65_HS1-834228961_62-HQ-83894_Serial_130
Agency: FBI
Page 85
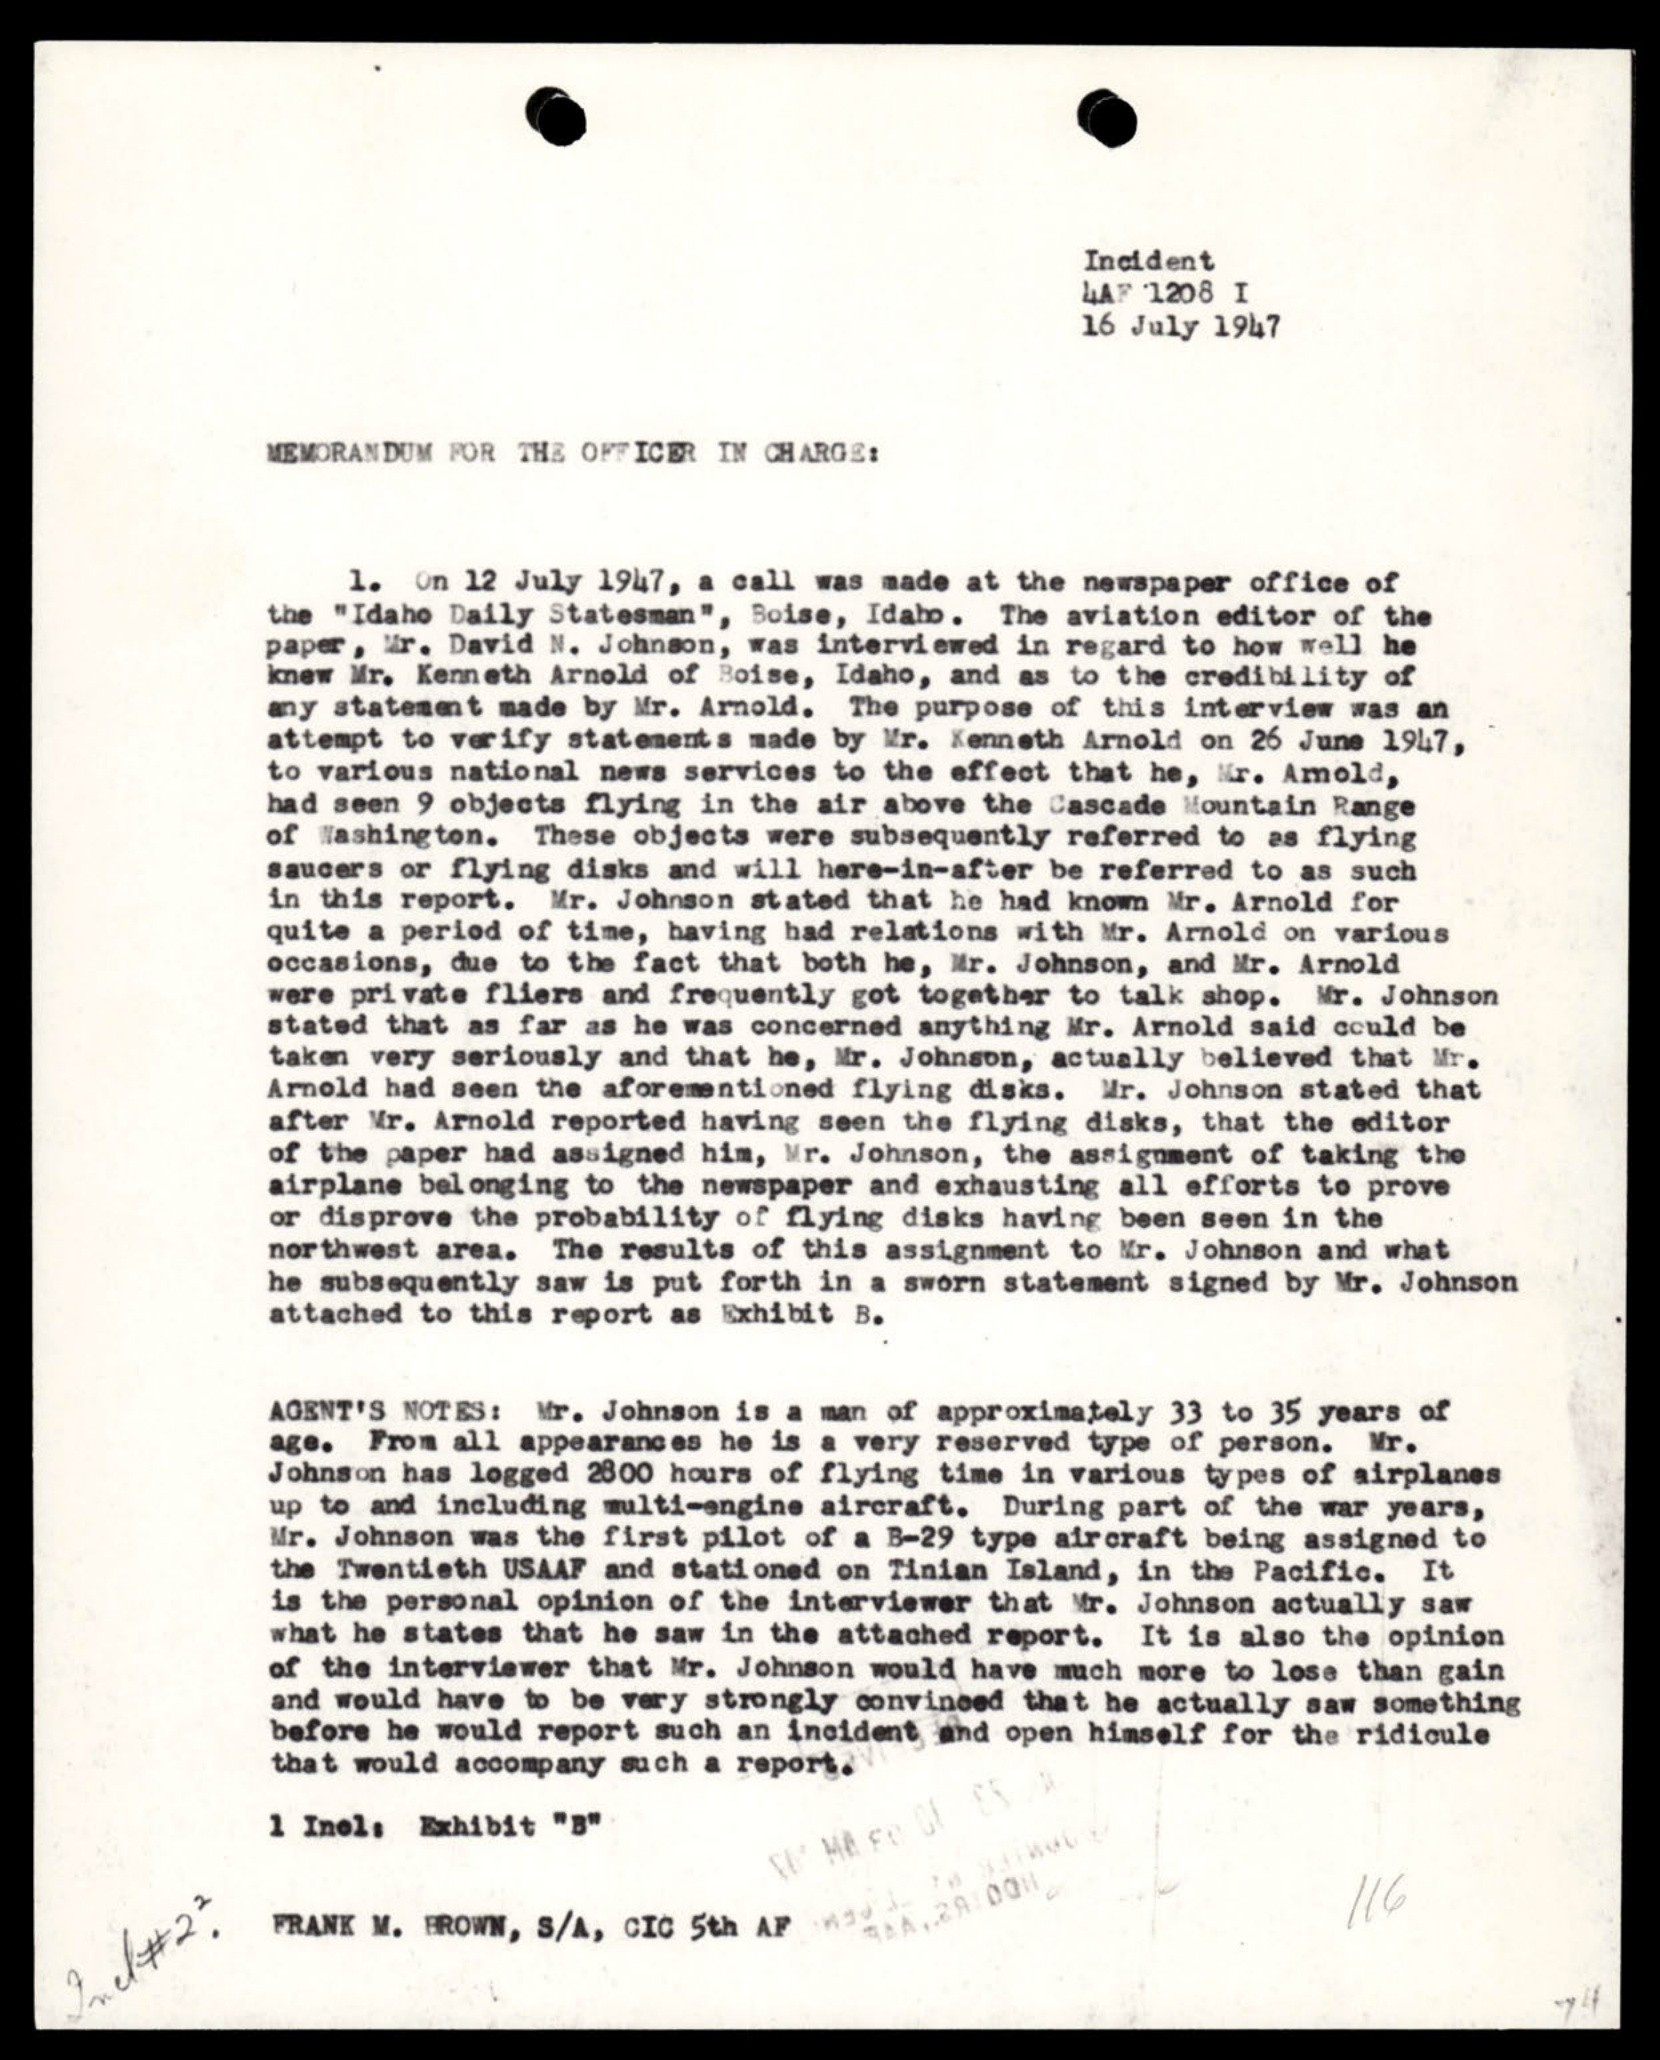